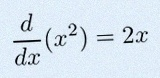
\frac{d}{dx}(x^2)=2x